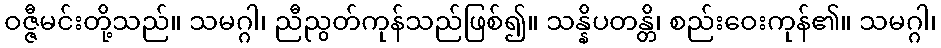
ဝဇ္ဇီမင်းတို့သည်။ သမဂ္ဂါ၊ ညီညွတ်ကုန်သည်ဖြစ်၍။ သန္နိပတန္တိ၊ စည်းဝေးကုန်၏။ သမဂ္ဂါ၊